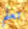
تعلم